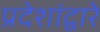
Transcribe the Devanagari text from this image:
प्रदेशांद्वारे